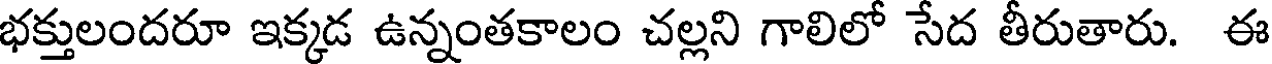
భక్తులందరూ ఇక్కడ ఉన్నంతకాలం చల్లని గాలిలో సేద తీరుతారు. ఈ